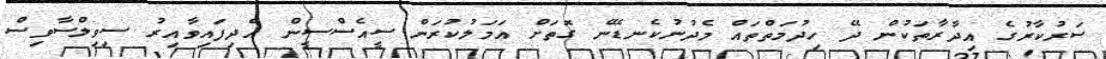
ސަރުކާރުގެ އިދާރާތަކުން ދޭ ހިދުމަތްތައް މެދުނުކެނޑޭނެ ގޮތަށް އަމަލުކުރަން ސީއެސްސީން އެދިފައިވާއިރު ސިވިލްސާވިސް